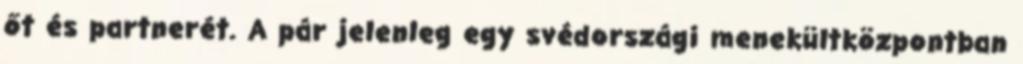
őt és partnerét. A pár jelenleg egy svédországi menekültközpontban